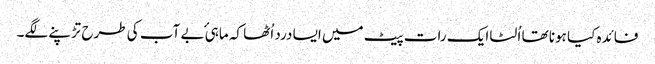
فائدہ کیا ہونا تھا اُلٹا ایک رات پیٹ میں ایسا درد اُٹھا کہ ماہیٔ بے آب کی طرح تڑپنے لگے۔